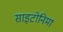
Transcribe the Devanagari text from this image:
साइटोनिमा